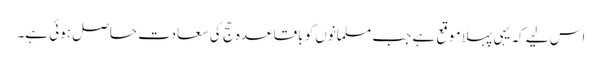
اس لیے کہ یہی پہلا موقع ہے جب مسلمانوں کو باقاعدہ حج کی سعادت حاصل ہوئی ہے۔